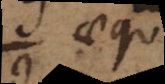
aequ.